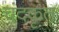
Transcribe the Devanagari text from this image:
चंदकृत